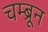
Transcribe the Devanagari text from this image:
चम्ब्रून